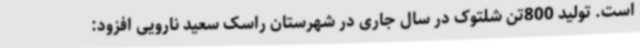
است. تولید 800تن شلتوک در سال جاری در شهرستان راسک سعید نارویی افزود: